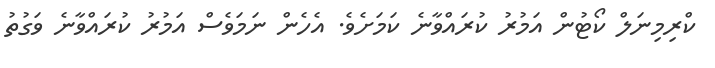
ކްރިމިނަލް ކޯޓުން އަމުރު ކުރައްވާނެ ކަމަށެވެ. އެހެން ނަމަވެސް އަމުރު ކުރައްވާނެ ވަގުތު